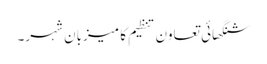
شنگھائی تعاون تنظیم کا میزبان شہر۔